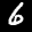
Label: 6